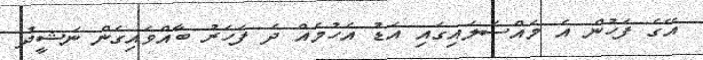
އޭގެ ފަހުން އެ މައްސަލައިގައި އަޑު އެހުމެއް ދެ ފަހަރު ބާއްވައިގެން ނަޝީދު